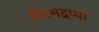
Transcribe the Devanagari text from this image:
वीरभद्रप्पा